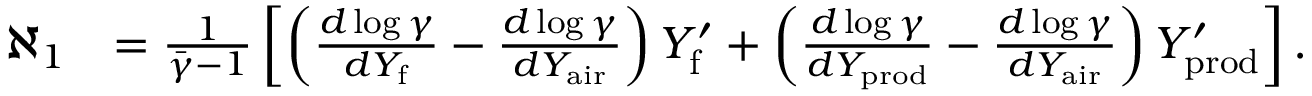
\begin{array} { r l } { \aleph _ { 1 } } & { = \frac { 1 } { \bar { \gamma } - 1 } \left[ \left( \frac { d \log \gamma } { d Y _ { \mathrm { f } } } - \frac { d \log \gamma } { d Y _ { \mathrm { a i r } } } \right) Y _ { \mathrm { f } } ^ { \prime } + \left( \frac { d \log \gamma } { d Y _ { \mathrm { p r o d } } } - \frac { d \log \gamma } { d Y _ { \mathrm { a i r } } } \right) Y _ { \mathrm { p r o d } } ^ { \prime } \right] . } \end{array}